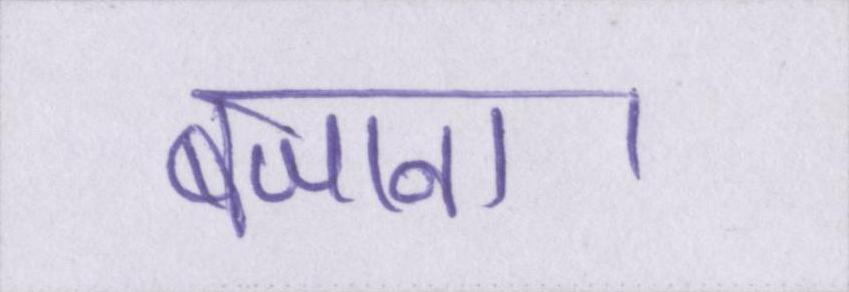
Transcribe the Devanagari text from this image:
बजाना।